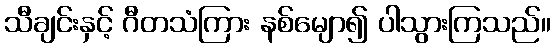
သီချင်းနှင့် ဂီတသံကြား နစ်မျော၍ ပါသွားကြသည်။